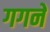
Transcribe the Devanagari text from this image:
गगने